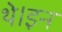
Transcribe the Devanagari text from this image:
थे।इन